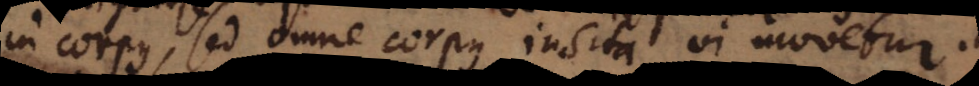
in corpus, sed omne corpus insita vi movetur.